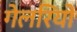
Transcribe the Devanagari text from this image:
गेलरियों